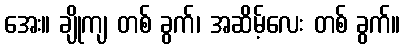
အေး။ ချိုကျ တစ် ခွက်၊ အဆိမ့်လေး တစ် ခွက်။